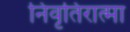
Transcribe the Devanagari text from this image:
निवृतिरात्मा